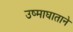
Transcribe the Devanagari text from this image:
उष्माघाताने